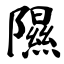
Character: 隰